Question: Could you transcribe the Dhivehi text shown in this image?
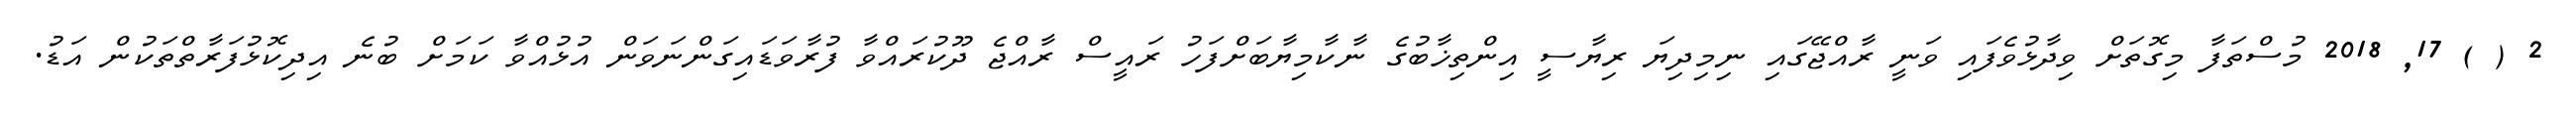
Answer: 2 ( ) 17, 2018 މުސްތަފާ މިގޮތަށް ވިދާޅުވެފައި ވަނީ ރާއްޖޭގައި ނިމިދިޔަ ރިޔާސީ އިންތިޚާބުގެ ނާކާމިޔާބަށްފަހު ރައީސް ރާއްޖެ ދޫކުރައްވާ ފުރާވަޑައިގަންނަވަން އުޅުއްވާ ކަމަށް ބުނެ އިދިކޮޅުފަރާތްތަކުން އަޑު.